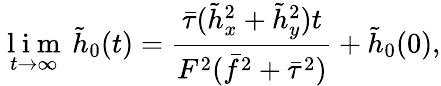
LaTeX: \underset{t\rightarrow\infty}{\mathrm{~l~i~m~}}\, \tilde{h}_{0}(t)=\frac{\bar{\tau}(\tilde{h}_{x}^{2}+\tilde{h}_{y}^{2})t}{F^{2}(\bar{f}^{2}+\bar{\tau}^{2})}+\tilde{h}_{0}(0),